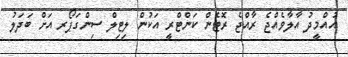
އުއްމީދު އާލާވެއްޖެ ރާއްޖެ ރޮޓެން ކަންޓްރީ އަކުން ލިޓިލް ސިންގަޕޯރ އަށް ބަދަލު